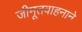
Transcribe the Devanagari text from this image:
जीमूतवाहनाने